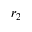
r _ { 2 }